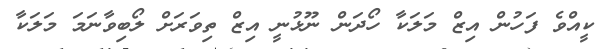
ކީއްވެ ފަހުން އިޒް މަލަކާ ހޯދަން ނޫޅުނީ އިޒް ތިވަރަށް ލޯބިވާނަމަ މަލަކާ